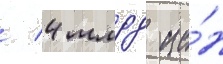
/ 4 млрд ие́н